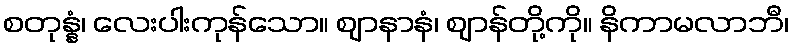
စတုန္နံ၊ လေးပါးကုန်သော။ ဈာနာနံ၊ ဈာန်တို့ကို။ နိကာမလာဘီ၊